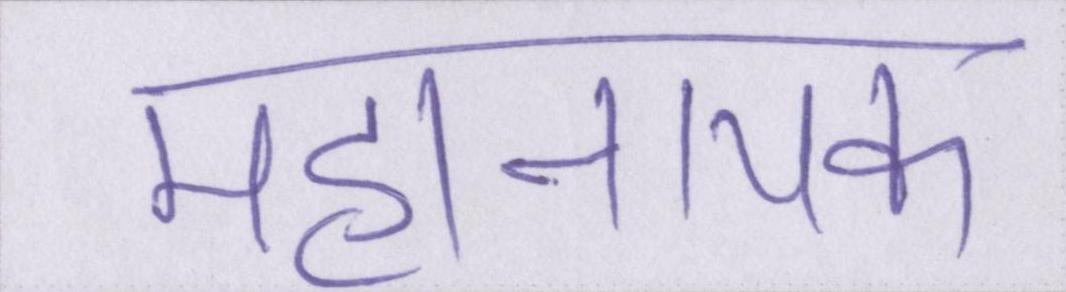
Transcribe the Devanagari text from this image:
महानायक